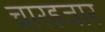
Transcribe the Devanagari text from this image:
चारहजार